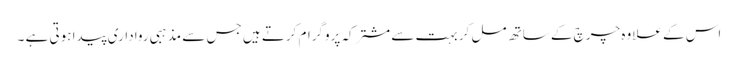
اس کے علاوہ چرچ کے ساتھ مل کر بہت سے مشترکہ پروگرام کرتے ہیں جس سے مذہبی رواداری پیدا ہوتی ہے ۔